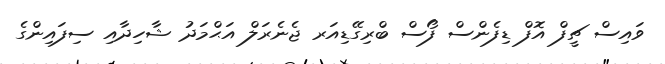
ވައިސް ޗީފް އޮފް ޑިފެންސް ފޯސް ބްރިގޭޑިއަރ ޖެނެރަލް އަޙްމަދު ޝާހިދާއި ސިފައިންގެ